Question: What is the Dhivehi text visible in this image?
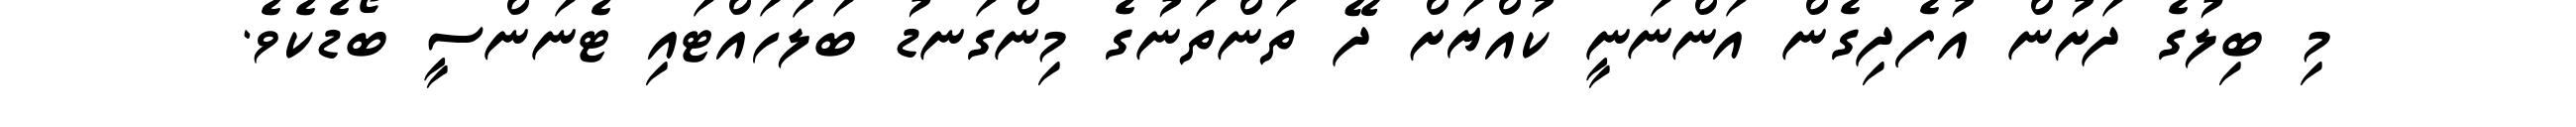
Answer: މި ބިލުގެ ދަށުން އުފެދިގެން އަންނަނީ ކުއްޔަށް ދޭ ތަންތަނުގެ މިންގަނޑު ބަލަހައްޓައި ޓެނަންސީ ބޯޑެކެވެ.